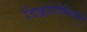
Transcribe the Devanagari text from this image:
डिक्लोरोमिथेन